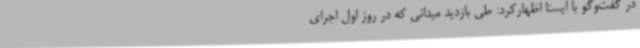
در گفت‌وگو با ایسنا اظهارکرد: طی بازدید میدانی که در روز اول اجرای